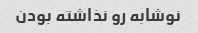
نوشابه رو‌ نذاشته بودن